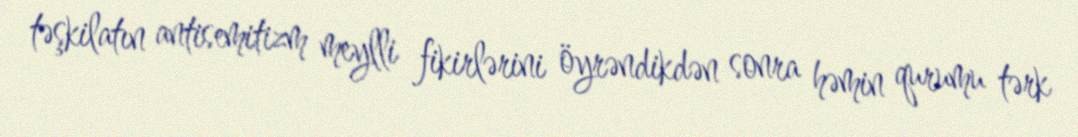
təşkilatın antisemitizm meylli fikirlərini öyrəndikdən sonra həmin qurumu tərk